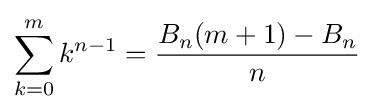
\sum _{k=0}^{m}k^{n-1}={\frac {B_{n}(m+1)-B_{n}}{n}}